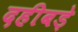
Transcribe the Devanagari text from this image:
दहीबड़े